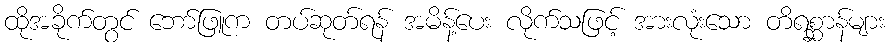
ထိုအခိုက်တွင် ဘော်ဖြူက တပ်ဆုတ်ရန် အမိန့်ပေး လိုက်သဖြင့် အားလုံးသော တိရစ္ဆာန်များ